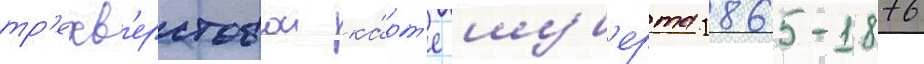
тр'ехв'ерстовои ка́рт'е шуб'ерта 1865-1876